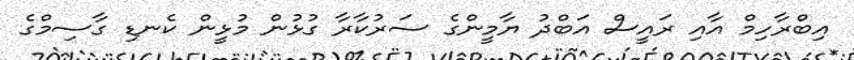
އިބްރާހިމް އާއި ރައީސް އަބްދު ޔާމީންގެ ސަރުކާރާ ގުޅުން މުޅީން ކެނޑި ގާސިމްގެ